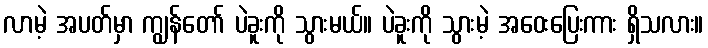
လာမဲ့ အပတ်မှာ ကျွန်တော် ပဲခူးကို သွားမယ်။ ပဲခူးကို သွားမဲ့ အဝေးပြေးကား ရှိသလား။